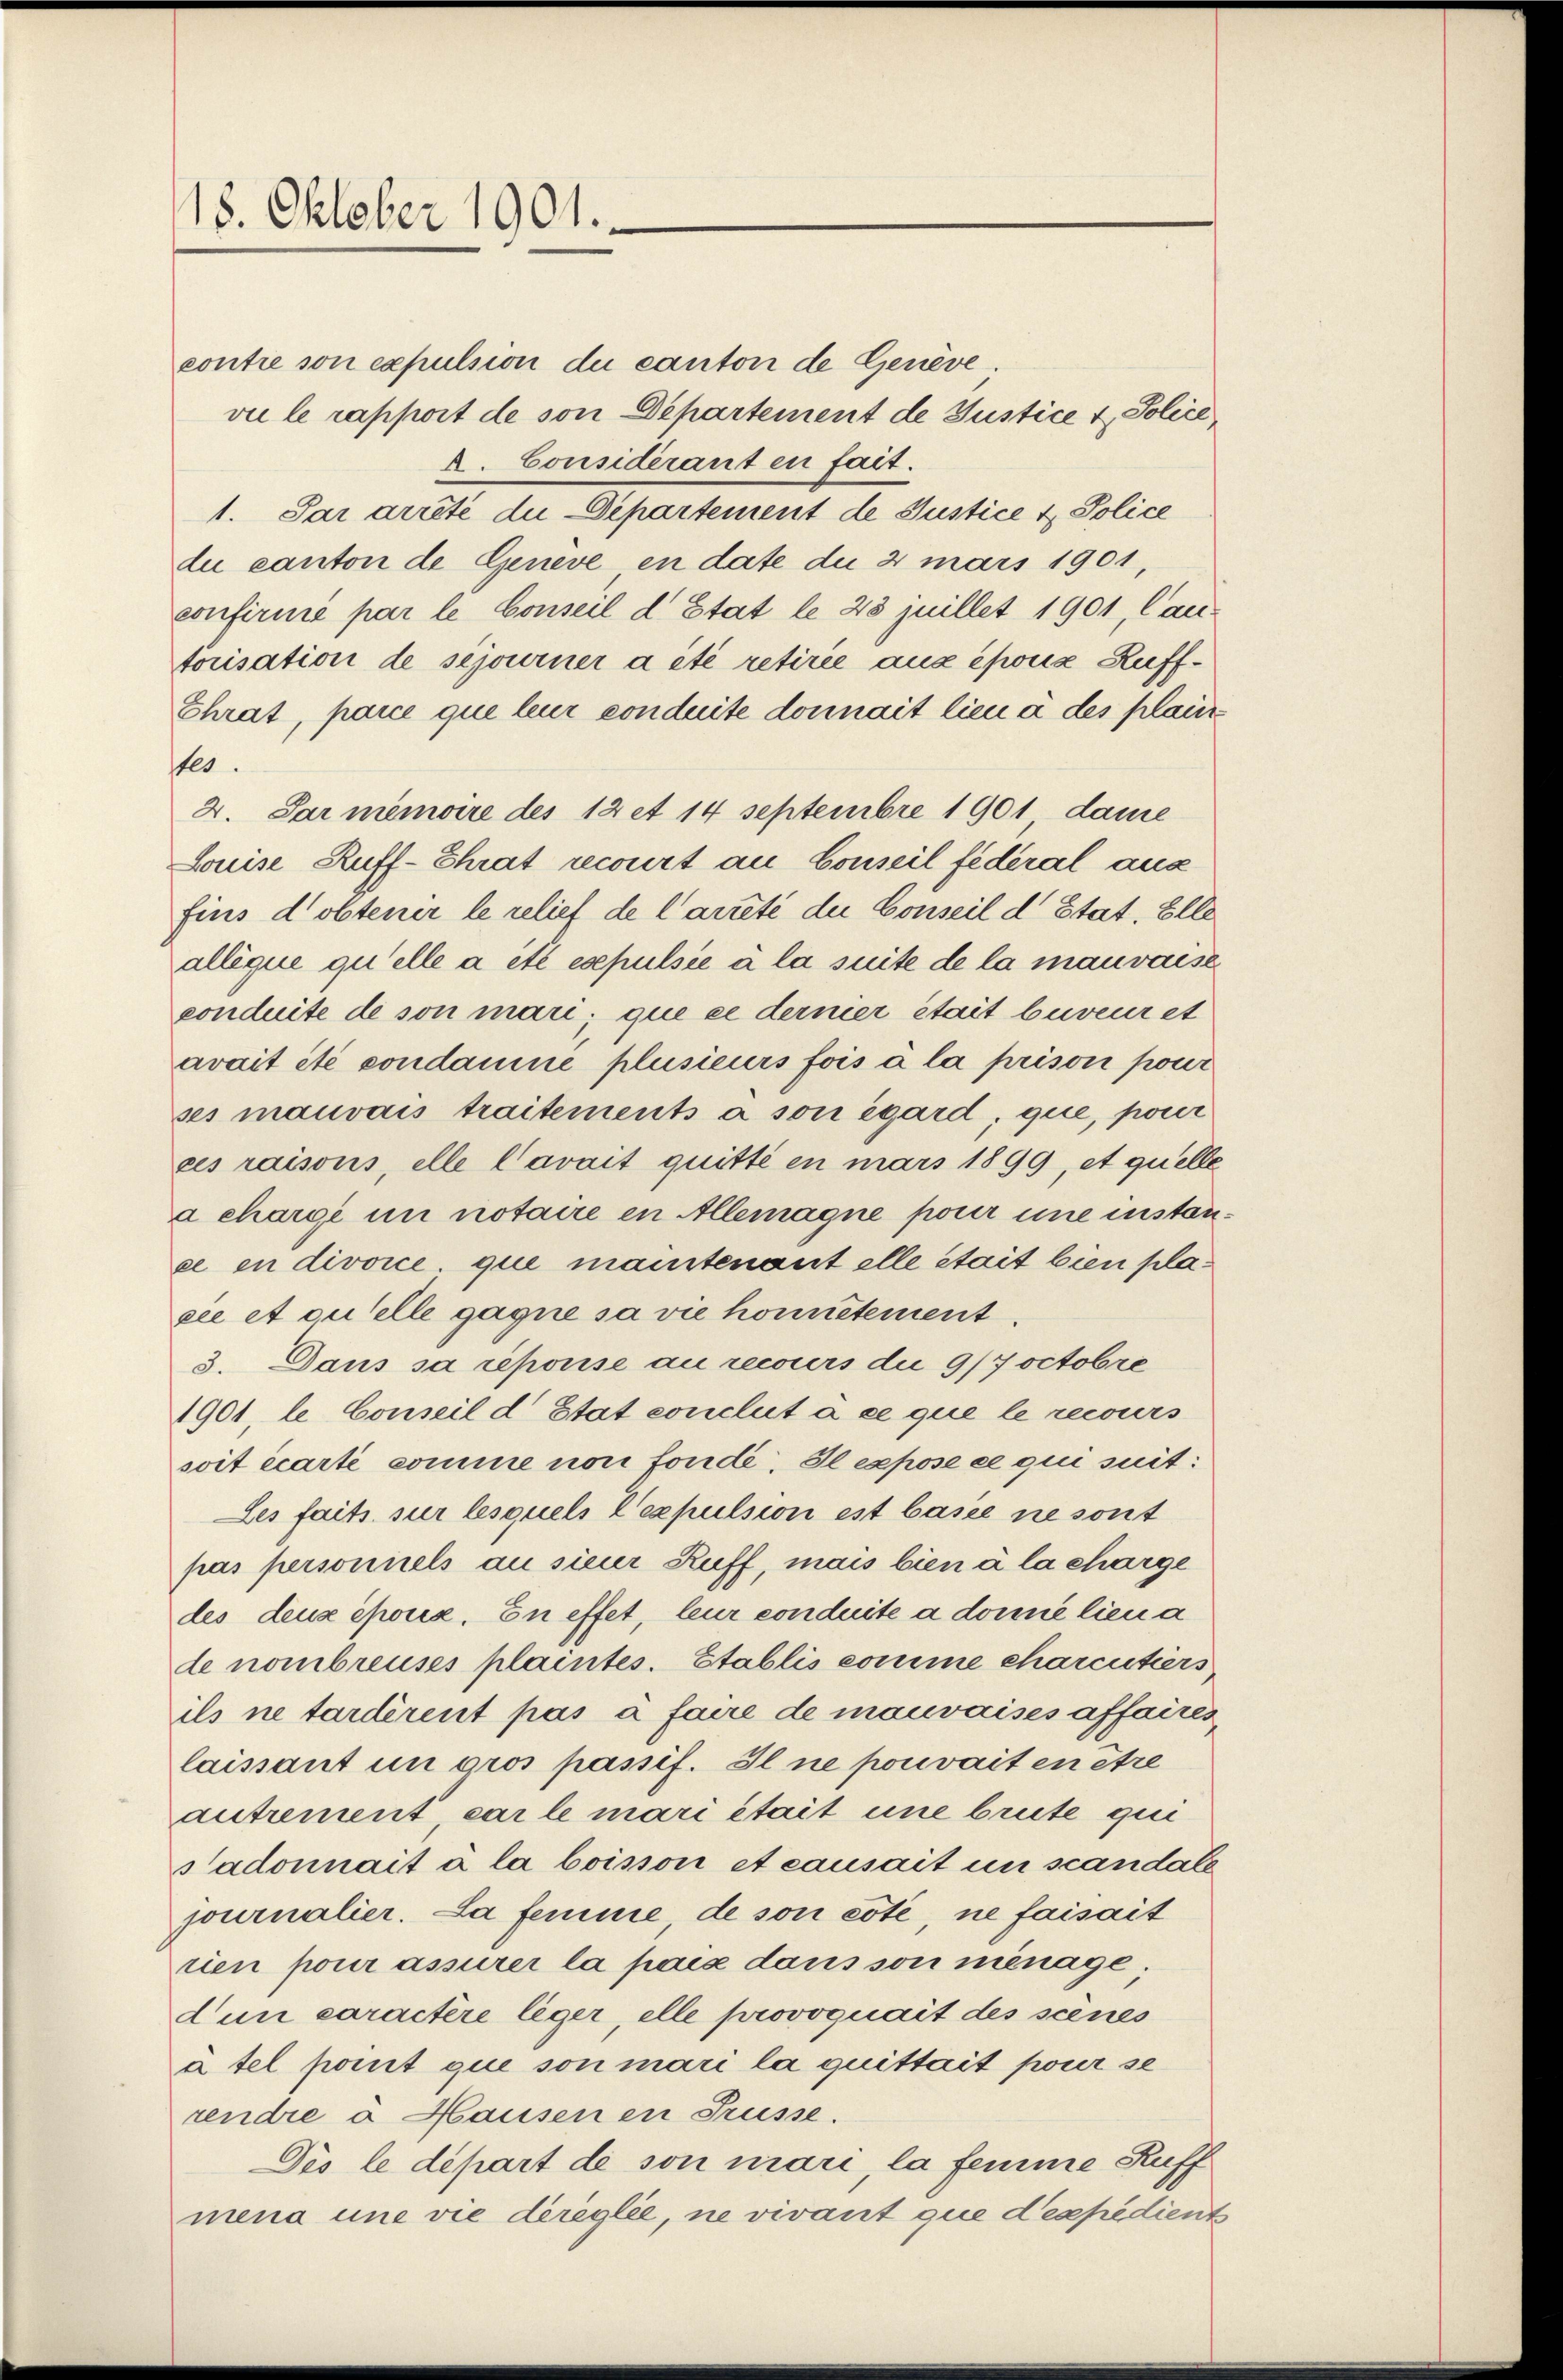
18. Oktober 1901.

contie son expulsion du canton de Genève.
vie le rapport de von Departement de Justice & Police
A. Considérant en fait.
1. Par arrêté due Departement de Justice & Police
du canton de Geneve en date du 2 mars 1901,
confirmé par le Conseil d. Etat le 23 juillet 1901, Cantorisation de sejourner a été retirée aux époux Ruff¬
Chrat, pare que leur conduite donnait lieu à des plaus
stes.
2. Par memoire des 12 et 14 Septembre 1901 dame
Louise Ruff-Shrat recourt au Conseil fédéral aus
fins d’obtener le relief de Carreté de Conseil d’Etat. Elle
allèque quelle a été esepulsie à la suite de la mauvaise
conduite de son mari; que ce dernier était bureur et
avait été condamne plusieurs fois à la prison pour
ses mauvais traitements à son égard, que, pour
ces raisons, elle Cavait quitté en mars 1899, et quelle
a charge in notaire in Allemagne pour une insten
ée en divorce, que mantenant alle stait bien pla
see et quelle gagne sa vie honnêtement
3. Dans sa repouse an recours die 9/7 octobre
1901, le Conseil d’Etat conclut à ce que le recurs
soit écarte comme non fonde. Il expose ce qui suit:
Des faits sur lesquels Vexpulsion est basie ne sont
pas personnels au sieur Ruff, mais bien à la charge
des deux époux. En effet, leur conduite a donné lien a
de nombreuses plaintes. Etablis comme charcitiers
ils ne tardirent pas à faire de mauvaises affaires
laissant in gros passif. Il ne pouvait en être
autrement car le mari était une brüte qui
Sadonnait à la boisson et causait in scandale
journalier. La femme de son cote, ne faisait
rien pour assurer la paix dans son menage;
dun caractere leger, elle provoquait des seines
à tel pant que son mari la quittait pour se
rendre à Hausen in Trüsse.
Dis le depart de son mari, la femme Auff
mena une vie dereglie, ne vivant que d’espedient